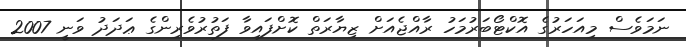
ނަމަވެސް މިއަހަރުގެ އޮކްޓޯބަރުމަހު ރާއްޖެއަށް ޒިޔާރަތް ކޮށްފައިވާ ފަތުރުވެރިންގެ ޢަދަދު ވަނީ 2007